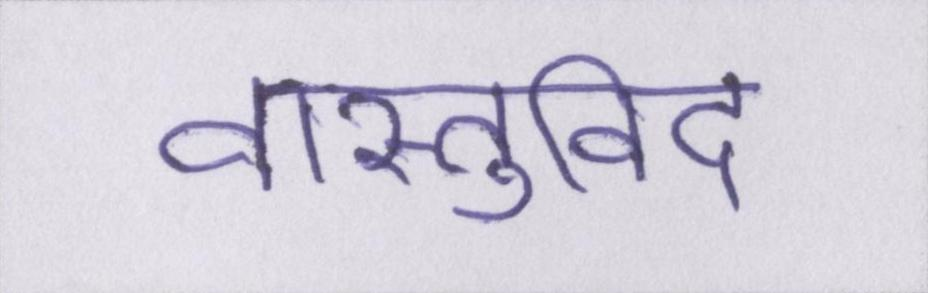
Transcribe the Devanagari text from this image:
वास्तुविद